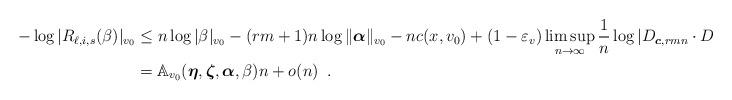
LaTeX: \begin{align*}-\log\vert R_{\ell,i,s}( \beta)\vert_{v_0}&\leq n\log\vert \beta \vert_{v_0}-(rm+1)n \log\| \boldsymbol{\alpha}\|_{v_0}-nc(x,v_0)+(1-\varepsilon_v)\limsup_{n\to \infty}\dfrac{1}{n}\log|D_{\boldsymbol{c},rmn}\cdot D'_{\boldsymbol{c},rmn}|^{-1}_v+o(n)\\&=\mathbb{A}_{v_0}(\boldsymbol{\eta},\boldsymbol{\zeta},\boldsymbol{\alpha},\beta)n+o(n)\enspace.\end{align*}